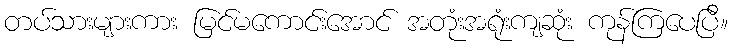
တပ်သားများကား မြင်မကောင်းအောင် အတုံးအရုံးကျဆုံး ကုန်ကြပေပြီ။